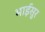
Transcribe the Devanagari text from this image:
भाईसुर